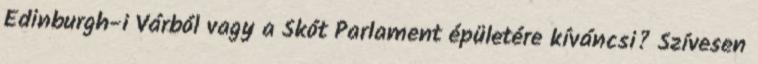
Edinburgh-i Várból vagy a Skót Parlament épületére kíváncsi? Szívesen